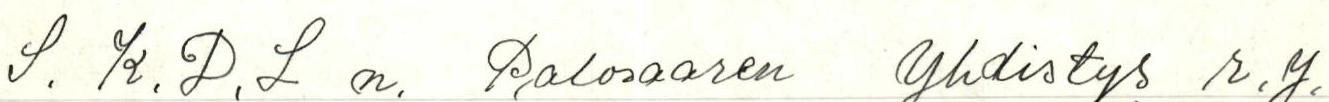
S. K.D.L n. Palosaaren yhdistys r.y.